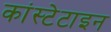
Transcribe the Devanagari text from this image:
कांस्टेटाइन